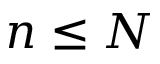
n \leq N